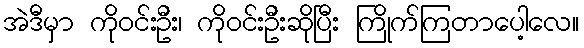
အဲဒီမှာ ကိုဝင်းဦး၊ ကိုဝင်းဦးဆိုပြီး ကြိုက်ကြတာပေါ့လေ။